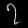
Digit: ၇